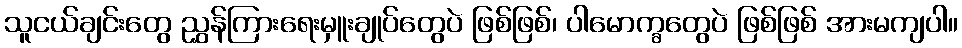
သူငယ်ချင်းတွေ ညွှန်ကြားရေးမှူးချုပ်တွေပဲ ဖြစ်ဖြစ်၊ ပါမောက္ခတွေပဲ ဖြစ်ဖြစ် အားမကျပါ။